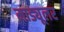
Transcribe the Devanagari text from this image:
माड्यूलर